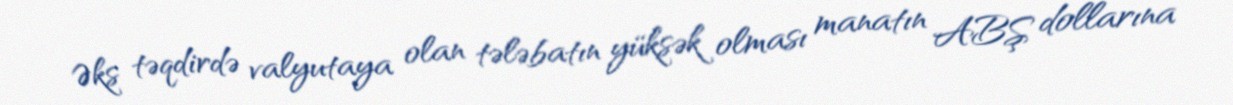
Əks təqdirdə valyutaya olan tələbatın yüksək olması manatın ABŞ dollarına